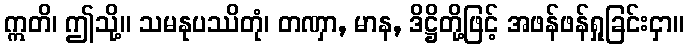
ဣတိ၊ ဤသို့။ သမနုပဿိတုံ၊ တဏှာ, မာန, ဒိဋ္ဌိတို့ဖြင့် အဖန်ဖန်ရှုခြင်းငှာ။